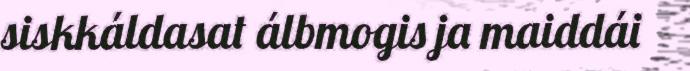
siskkáldasat álbmogis ja maiddái